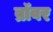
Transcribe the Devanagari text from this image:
ब्रॉवर